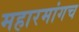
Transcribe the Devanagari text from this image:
महारमांगच